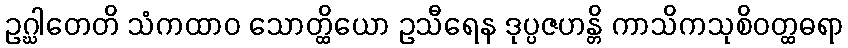
ဥဂ္ဃါတေတိ သံကထာဝ သောတ္ထိယော ဥသီရေန ဒုပ္ပဇဟန္တိ ကာသိကသုစိဝတ္ထဓရာ